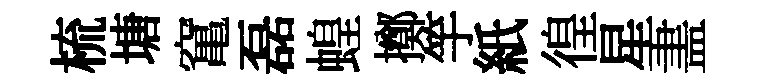
梳塘𥧄磊蝗擲竽紙徨星𥁞